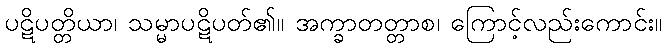
ပဋိပတ္တိယာ၊ သမ္မာပဋိပတ်၏။ အက္ခာတတ္တာစ၊ ကြောင့်လည်းကောင်း။